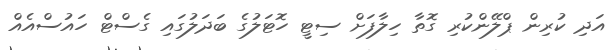
އަދި ކުރިން ޕްލޭންކުރި ގޮތާ ހިލާފަށް ސިޓީ ހޮޓަލުގެ ބަދަލުގައި ގެސްޓް ހައުސްއެއް